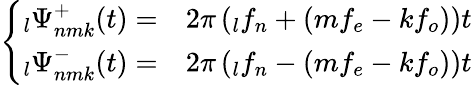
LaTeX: \left\{ \begin{array}{l}{\begin{array}{rl}{\phantom{}_{l}\Psi_{nmk}^{+}(t)=}&{{}2\pi\left(\phantom{}_{l}f_{n}+(mf_{e}-kf_{o})\right)t}\end{array}}\\ {\begin{array}{rl}{\phantom{}_{l}\Psi_{nmk}^{-}(t)=}&{{}2\pi\left(\phantom{}_{l}f_{n}-(mf_{e}-kf_{o})\right)t}\end{array}}\end{array}\right.